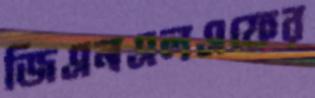
জিএনএলএফের